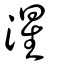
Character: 湦